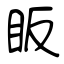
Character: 眅